Scottish Leaving Certificate Examination, 1952
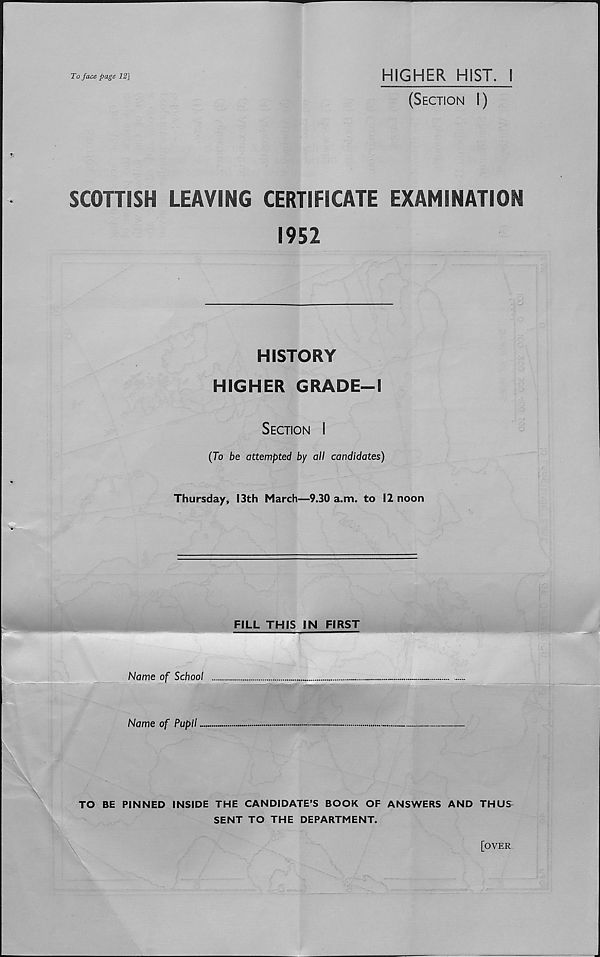
To face page 12]
HIGHER HIST. I
(Section I)
SCOTTISH LEAVING CERTIFICATE EXAMINATION
1952
HISTORY
HIGHER GRADE-1
Section I
(To be attempted by all candidates)
Thursday, 13th March—9.30 a.m. to 12 noon
FILL THIS IN FIRST
Name of School
Name of Pupil
TO BE PINNED INSIDE THE CANDIDATE’S BOOK OF ANSWERS AND THUS
SENT TO THE DEPARTMENT.
[over